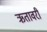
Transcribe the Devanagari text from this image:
ऋतावरी